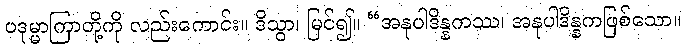
ပဒုမ္မာကြာတို့ကို လည်းကောင်း။ ဒိသွာ၊ မြင်၍။ “အနုပါဒိန္နကဿ၊ အနုပါဒိန္နကဖြစ်သော။